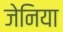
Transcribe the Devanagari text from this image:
जेनिया